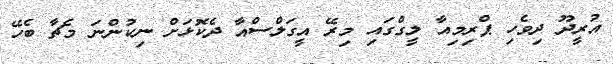
އުރީދޫ ދިވެހި ޕްރިމިއާ ލީގްގައި މިރޭ އީގަލްސްއާ ދެކޮޅަށް ނިކުންނަ މެޗާ ބެހޭ